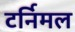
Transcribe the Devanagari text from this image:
टर्निमल